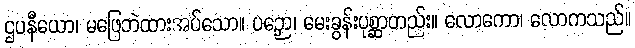
ဌပနီယော၊ မဖြေဘဲထားအပ်သော။ ပဉှော၊ မေးခွန်းပုစ္ဆာတည်း။ လောကော၊ လောကသည်။